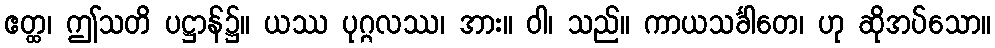
ဧတ္ထ၊ ဤသတိ ပဋ္ဌာန်၌။ ယဿ ပုဂ္ဂလဿ၊ အား။ ဝါ၊ သည်။ ကာယသင်္ခါတေ၊ ဟု ဆိုအပ်သော။